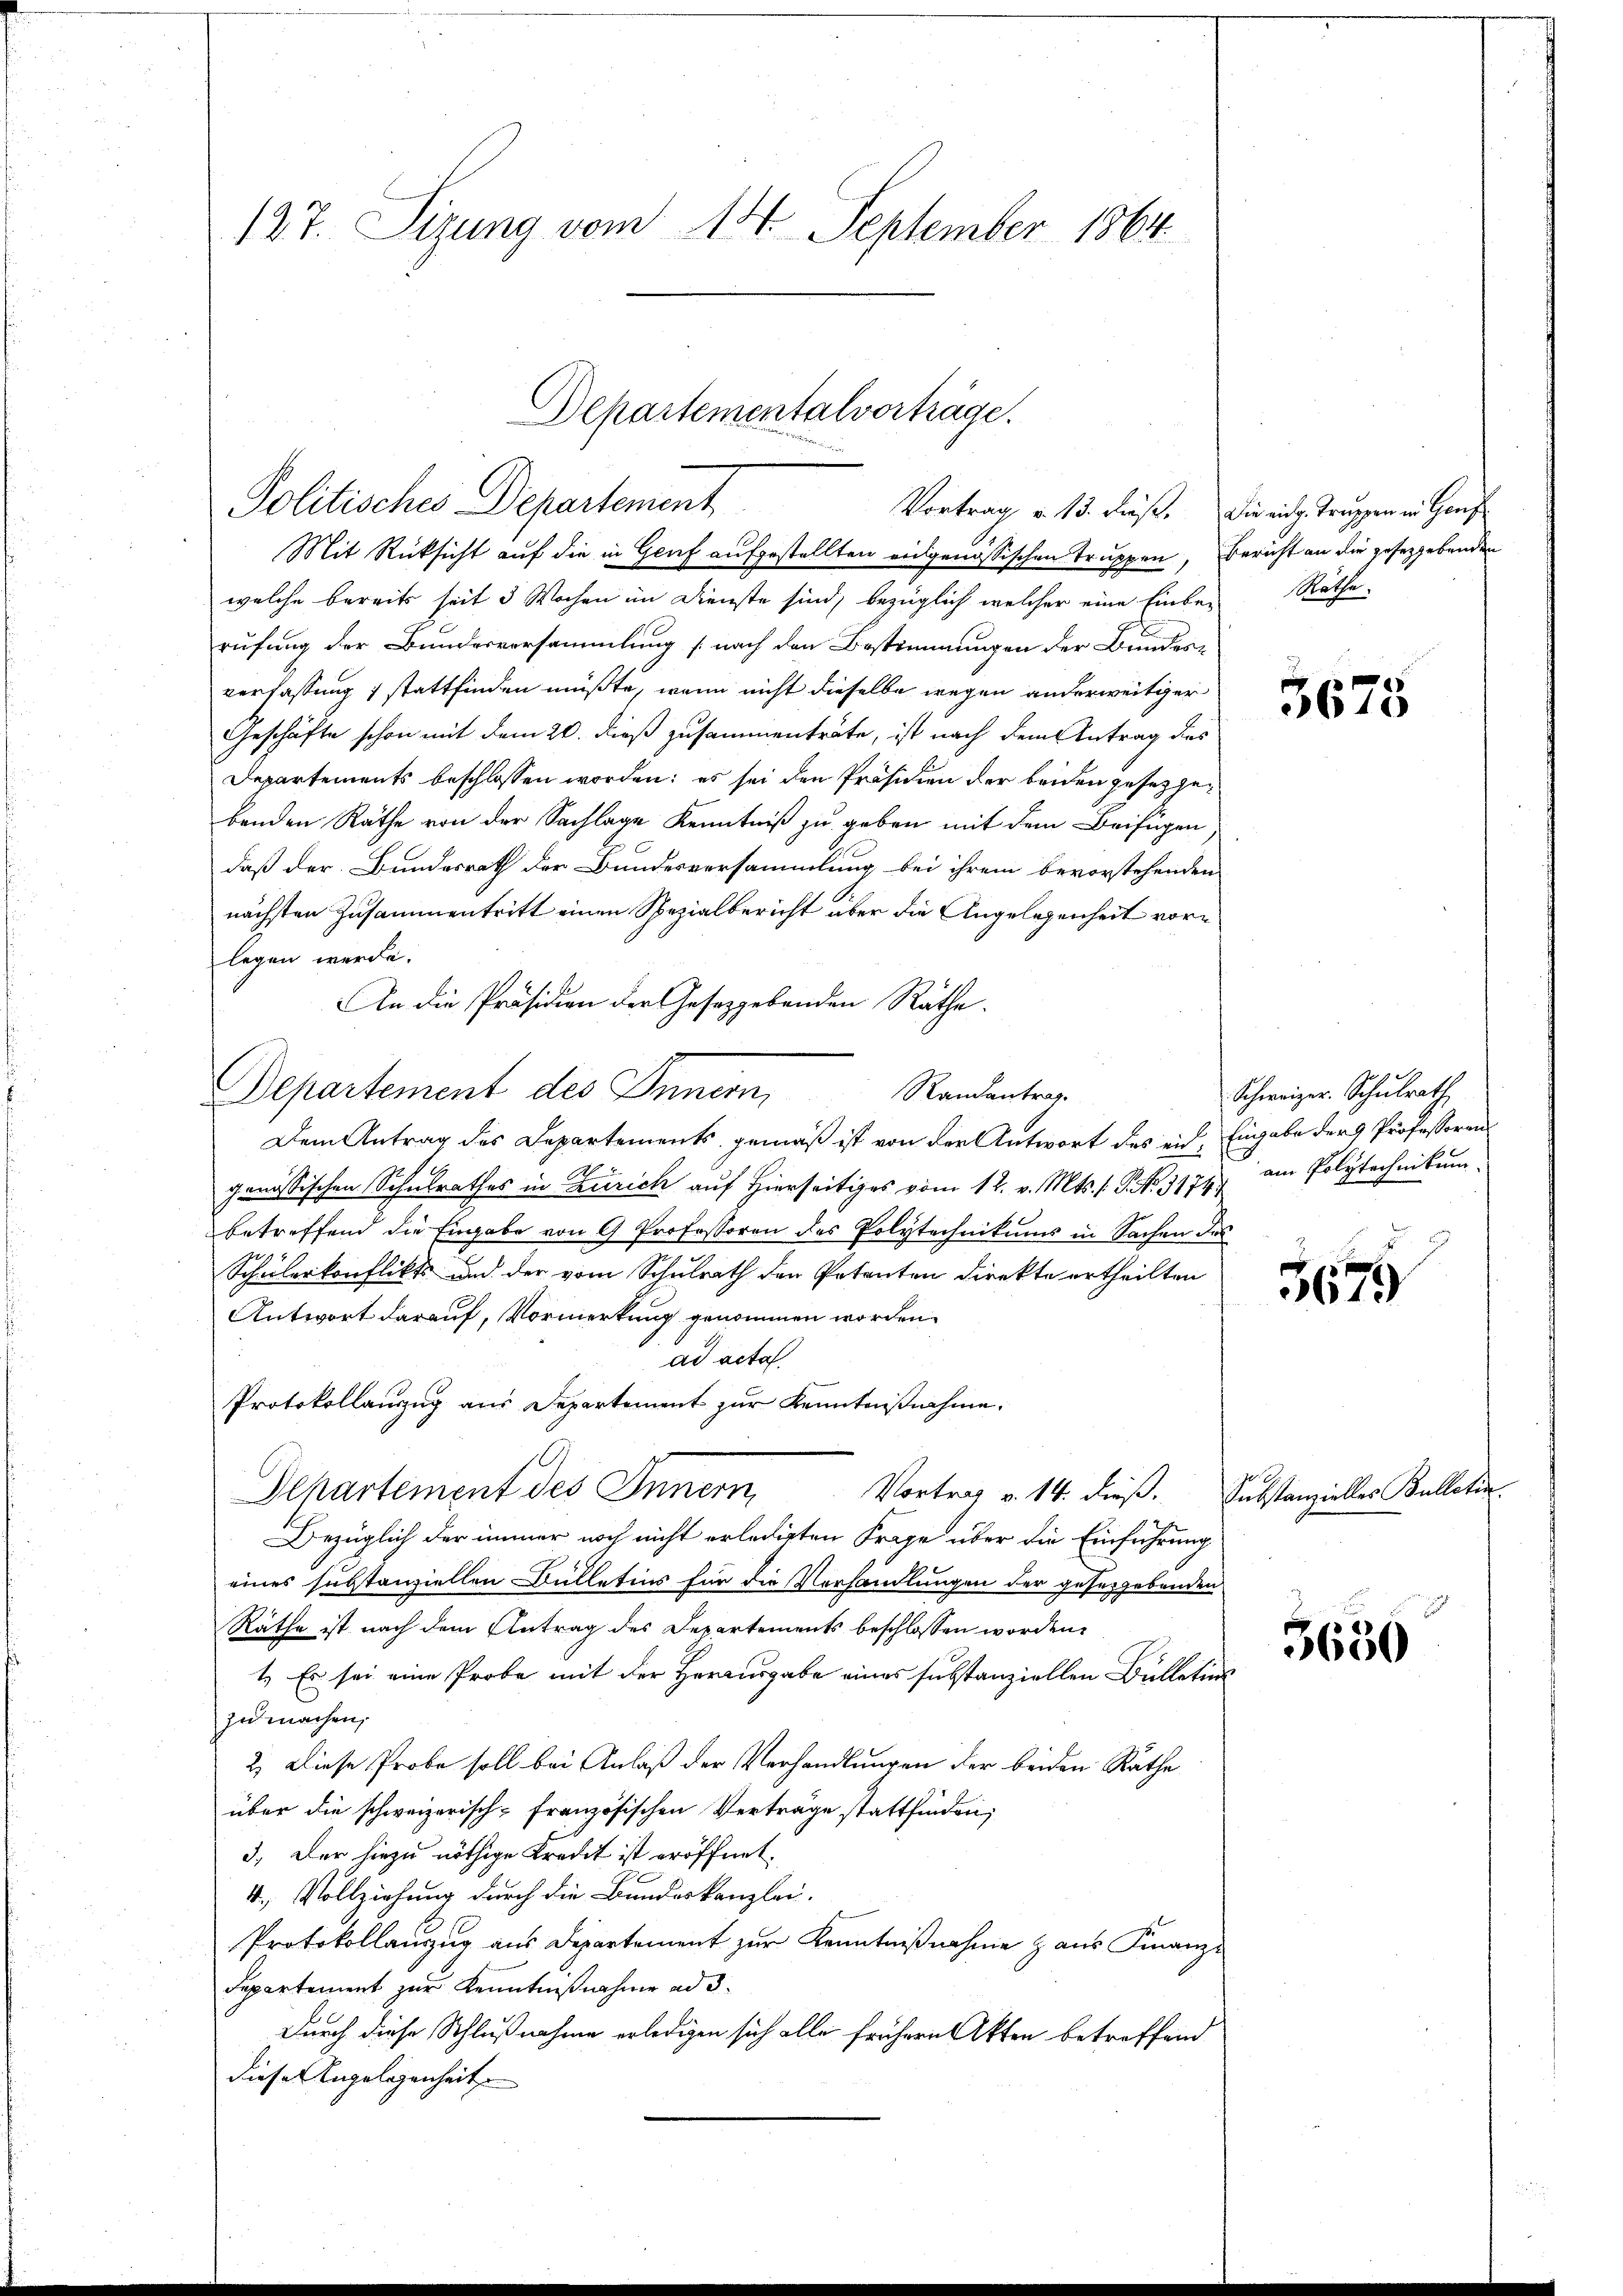
127. Sizung vom 14. September 1864.

Departementalverträge.
Politisches Departement
Vortrag v. 13. dieß. Die eidg. Truppen in Genf

Mit Rücksicht auf die in Genf aufgestellten eidgenössischen Truppen, Bericht an die geseggebenden
welche bereits seit 3 Wochen im Dienste sind, bezüglich welcher eine Einberufung der Bundesversammlung (nach den Bestimmungen der Bundesverfassung 1 stattfinden müßte, wenn nicht dieselbe wegen anderweitiger
Geschäfte schon mit dem 20. dieß zusammenträte, ist nach dem Antrag des
Departements beschlossen worden; es sei den Präsidien der beiden gesetzgebenden Räthe von der Sachlage Kenntniß zu geben mit dem Beifügen
daß der Bundesrath der Bundesversammlung bei ihrem bevorstehenden
nächsten Zusammentritt einen Spezialbericht über die Angelegenheit vorlegen werde.
An die Präsidien der Gesetzgebenden Räthe.
Departement des Innern,
Randantrag.
Dem Antrag des Departements gemäß ist von der Antwort des eid. Eingabe der 9 Professoren
genössischen Schulrathes in Zürich auf Hierseitiges vom 12. v. Mts. (T. No. 1179 am Polytechnikum
betreffend die Eingabe von 9 Professoren des Polytechnikums in Sachen des
Schülerkonflikts und der vom Schulrath den Petenten direkte ertheilten
Antwort darauf, Vormerkung genommen worden.
ad acta
Protokollanzug aus Departement zur Kenntnißnahme.
.
Departement des Innern,
Vortrag v. 14. dieß. Substanzielles Bullatin.
Bezüglich der immer noch nicht erledigten Frage über die Einführung
eines substanziellen Bulletirs für die Vorhandlungen der gesergebenden
Räthe ist nach dem Antrag des Departements beschlossen worden.
1.) Es sei eine Probe mit der Herausgabe eines substanziellen Bulletins
zu machen,
2.) Diese Probe soll bei Anlaß der Verhandlungen der beiden Räthe
über die schweizerisch-französischen Verträge stattfinden;
3. Der hiezu nöthige Kredit ist eröffnet.
4. Vollziehung durch die Bundeskanzlei.
Protokollanzug aus Departement zur Kenntnißnahme Haus Finanz-
Separtement zur Kenntnißnahme ad 3.
Durch diese Schlußnahme erledigen sich alle frühern Akten betreffend
diese Angelegenheit

Matte.

3675

Schweizer. Schulrath

5679

3650